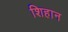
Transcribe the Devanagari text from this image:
शिहान